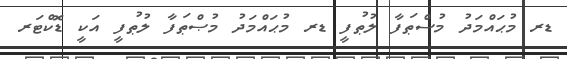
ޑރ މުޙައްމަދު މުސްޠަފާ ލުޠުފީ ޑރ މުޙައްމަދު މުޞްޠަފާ ލުޠުފީ އަކީ ޑޮކްޓަރ